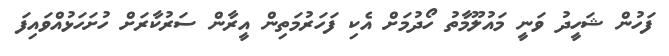
ފަހުން ޝަހީދު ވަނީ މައުލޫމާތު ހޯދުމަށް އެކި ފަހަރުމަތިން އީރާން ސަރުކާރަށް ހުށަހަޅުއްވައިފަ